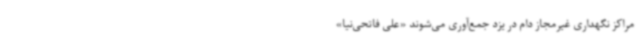
مراکز نگهداری غیرمجاز دام در یزد جمع‌آوری می‌شوند «علی فاتحی‌نیا»